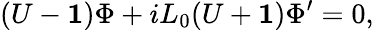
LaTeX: (U-{\mathbf 1})\Phi+iL_{0}(U+{\mathbf 1})\Phi^{\prime}=0,